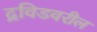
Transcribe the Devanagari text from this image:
द्रविडवरील